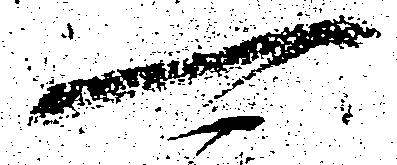
可